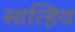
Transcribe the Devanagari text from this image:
सात्हिय